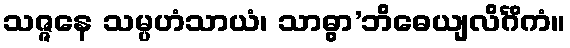
သဇ္ဇနေ သမ္ပဟံသာယံ၊ သာဓွာ’ဘိဓေယျလိင်္ဂိကံ။